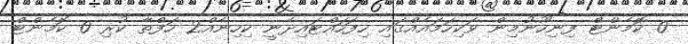
0 ކޮމެންޓް ފިނިހޫނުމިން ވަކިހަމައެއްގައި ހިފަހައްޓައިދެނީ ކިހިނެއް2 ހަފްތާ ކުރި 0 ކޮމެންޓް